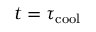
t = \tau _ { \mathrm { c o o l } }